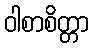
ဝါစာစိတ္တာ